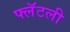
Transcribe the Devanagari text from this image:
फ्लॅटली